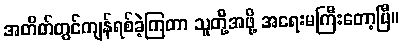
အတိတ်တွင်ကျန်ရစ်ခဲ့ကြတာ သူတို့အဖို့ အရေးမကြီးတော့ပြီ။